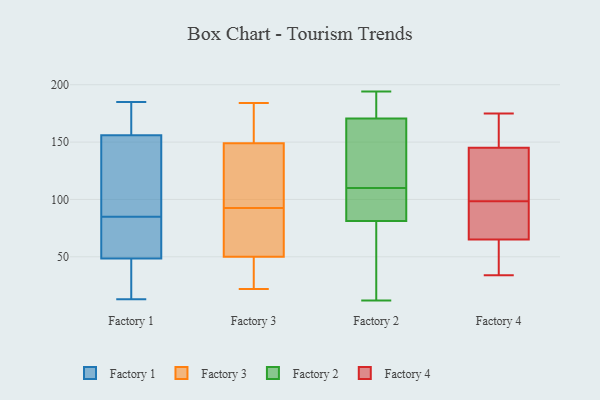
{"axis": {"x": "Headcount", "y": "Value"}, "legend": ["Factory 1", "Factory 2", "Factory 3", "Factory 4"], "data": [{"x": "", "y": 27, "type": "Factory 1"}, {"x": "", "y": 82, "type": "Factory 1"}, {"x": "", "y": 38, "type": "Factory 1"}, {"x": "", "y": 150, "type": "Factory 1"}, {"x": "", "y": 107, "type": "Factory 1"}, {"x": "", "y": 162, "type": "Factory 1"}, {"x": "", "y": 181, "type": "Factory 1"}, {"x": "", "y": 88, "type": "Factory 1"}, {"x": "", "y": 61, "type": "Factory 1"}, {"x": "", "y": 50, "type": "Factory 1"}, {"x": "", "y": 90, "type": "Factory 1"}, {"x": "", "y": 65, "type": "Factory 1"}, {"x": "", "y": 101, "type": "Factory 1"}, {"x": "", "y": 41, "type": "Factory 1"}, {"x": "", "y": 64, "type": "Factory 1"}, {"x": "", "y": 162, "type": "Factory 1"}, {"x": "", "y": 179, "type": "Factory 1"}, {"x": "", "y": 185, "type": "Factory 1"}, {"x": "", "y": 13, "type": "Factory 1"}, {"x": "", "y": 47, "type": "Factory 1"}, {"x": "", "y": 41, "type": "Factory 3"}, {"x": "", "y": 52, "type": "Factory 3"}, {"x": "", "y": 54, "type": "Factory 3"}, {"x": "", "y": 136, "type": "Factory 3"}, {"x": "", "y": 22, "type": "Factory 3"}, {"x": "", "y": 151, "type": "Factory 3"}, {"x": "", "y": 48, "type": "Factory 3"}, {"x": "", "y": 55, "type": "Factory 3"}, {"x": "", "y": 130, "type": "Factory 3"}, {"x": "", "y": 184, "type": "Factory 3"}, {"x": "", "y": 147, "type": "Factory 3"}, {"x": "", "y": 177, "type": "Factory 3"}, {"x": "", "y": 18, "type": "Factory 2"}, {"x": "", "y": 106, "type": "Factory 2"}, {"x": "", "y": 186, "type": "Factory 2"}, {"x": "", "y": 110, "type": "Factory 2"}, {"x": "", "y": 183, "type": "Factory 2"}, {"x": "", "y": 175, "type": "Factory 2"}, {"x": "", "y": 136, "type": "Factory 2"}, {"x": "", "y": 157, "type": "Factory 2"}, {"x": "", "y": 75, "type": "Factory 2"}, {"x": "", "y": 121, "type": "Factory 2"}, {"x": "", "y": 73, "type": "Factory 2"}, {"x": "", "y": 106, "type": "Factory 2"}, {"x": "", "y": 194, "type": "Factory 2"}, {"x": "", "y": 78, "type": "Factory 2"}, {"x": "", "y": 129, "type": "Factory 2"}, {"x": "", "y": 194, "type": "Factory 2"}, {"x": "", "y": 12, "type": "Factory 2"}, {"x": "", "y": 91, "type": "Factory 2"}, {"x": "", "y": 96, "type": "Factory 2"}, {"x": "", "y": 54, "type": "Factory 4"}, {"x": "", "y": 145, "type": "Factory 4"}, {"x": "", "y": 45, "type": "Factory 4"}, {"x": "", "y": 128, "type": "Factory 4"}, {"x": "", "y": 175, "type": "Factory 4"}, {"x": "", "y": 34, "type": "Factory 4"}, {"x": "", "y": 85, "type": "Factory 4"}, {"x": "", "y": 161, "type": "Factory 4"}, {"x": "", "y": 85, "type": "Factory 4"}, {"x": "", "y": 65, "type": "Factory 4"}, {"x": "", "y": 173, "type": "Factory 4"}, {"x": "", "y": 118, "type": "Factory 4"}, {"x": "", "y": 78, "type": "Factory 4"}, {"x": "", "y": 112, "type": "Factory 4"}]}